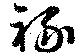
禄